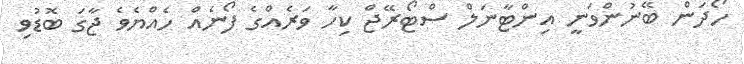
ހޯދަން ބޭނުންވަނީ އިންޓާނަލް ސްޓޯރޭޖް ކިހާ ވަރެއްގެ ފޯނެއް ހެއްޔެވެ ޖާގަ ބޮޑުވި